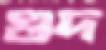
গুদ